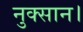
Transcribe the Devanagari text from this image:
नुक्सान।